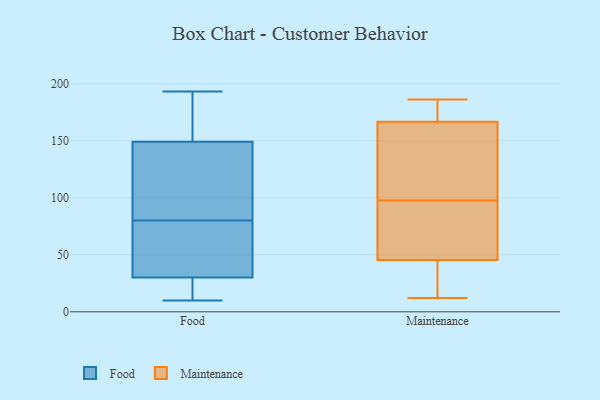
{"axis": {"x": "Churn Rate (%)", "y": "Value"}, "legend": ["Food", "Maintenance"], "data": [{"x": "", "y": 27, "type": "Food"}, {"x": "", "y": 83, "type": "Food"}, {"x": "", "y": 170, "type": "Food"}, {"x": "", "y": 105, "type": "Food"}, {"x": "", "y": 70, "type": "Food"}, {"x": "", "y": 152, "type": "Food"}, {"x": "", "y": 20, "type": "Food"}, {"x": "", "y": 10, "type": "Food"}, {"x": "", "y": 52, "type": "Food"}, {"x": "", "y": 28, "type": "Food"}, {"x": "", "y": 69, "type": "Food"}, {"x": "", "y": 77, "type": "Food"}, {"x": "", "y": 105, "type": "Food"}, {"x": "", "y": 193, "type": "Food"}, {"x": "", "y": 193, "type": "Food"}, {"x": "", "y": 32, "type": "Food"}, {"x": "", "y": 146, "type": "Food"}, {"x": "", "y": 26, "type": "Food"}, {"x": "", "y": 155, "type": "Food"}, {"x": "", "y": 144, "type": "Food"}, {"x": "", "y": 46, "type": "Maintenance"}, {"x": "", "y": 34, "type": "Maintenance"}, {"x": "", "y": 175, "type": "Maintenance"}, {"x": "", "y": 172, "type": "Maintenance"}, {"x": "", "y": 61, "type": "Maintenance"}, {"x": "", "y": 45, "type": "Maintenance"}, {"x": "", "y": 57, "type": "Maintenance"}, {"x": "", "y": 80, "type": "Maintenance"}, {"x": "", "y": 161, "type": "Maintenance"}, {"x": "", "y": 126, "type": "Maintenance"}, {"x": "", "y": 176, "type": "Maintenance"}, {"x": "", "y": 186, "type": "Maintenance"}, {"x": "", "y": 12, "type": "Maintenance"}, {"x": "", "y": 24, "type": "Maintenance"}, {"x": "", "y": 109, "type": "Maintenance"}, {"x": "", "y": 126, "type": "Maintenance"}, {"x": "", "y": 86, "type": "Maintenance"}, {"x": "", "y": 186, "type": "Maintenance"}, {"x": "", "y": 23, "type": "Maintenance"}, {"x": "", "y": 133, "type": "Maintenance"}]}